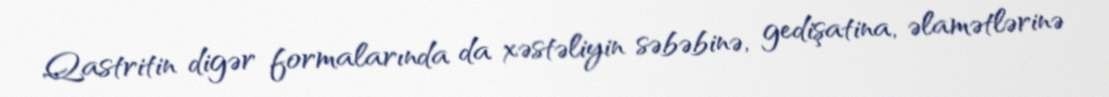
Qastritin digər formalarında da xəstəliyin səbəbinə, gedişatina, əlamətlərinə